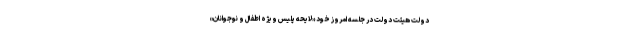
دولت هیئت دولت در جلسه امروز خود «لایحه پلیس ویژه اطفال و نوجوانان»